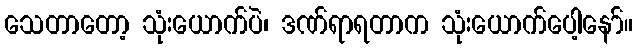
သေတာတော့ သုံးယောက်ပဲ၊ ဒဏ်ရာရတာက သုံးယောက်ပေါ့နော်။